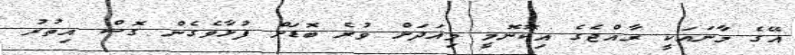
އޭގެ މާނައަކީ ރާއްޖެގެ އިކޮނޮމީ މިއަދަށް ވުރެ ބޮޑަށް ފުޅާވެގެން ގޮސް އިތުރު